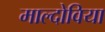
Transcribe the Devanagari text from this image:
माल्दोविया